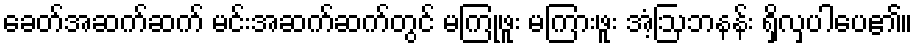
ခေတ်အဆက်ဆက် မင်းအဆက်ဆက်တွင် မကြုံဖူး မကြားဖူး အံ့ဩဘနန်း ရှိလှပါပေ၏။